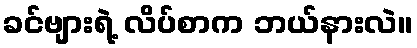
ခင်ဗျားရဲ့ လိပ်စာက ဘယ်နားလဲ။